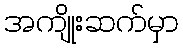
အကျိုးဆက်မှာ